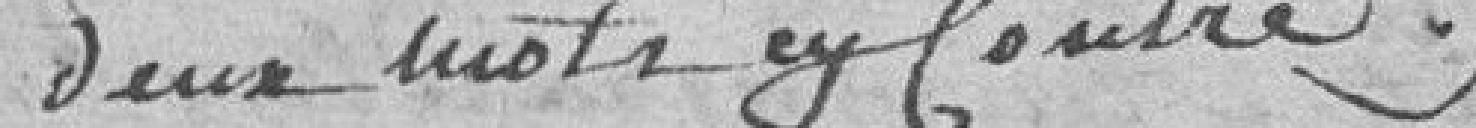
deux mots cy contre%